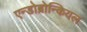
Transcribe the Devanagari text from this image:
एन्डोब्रोन्कियल